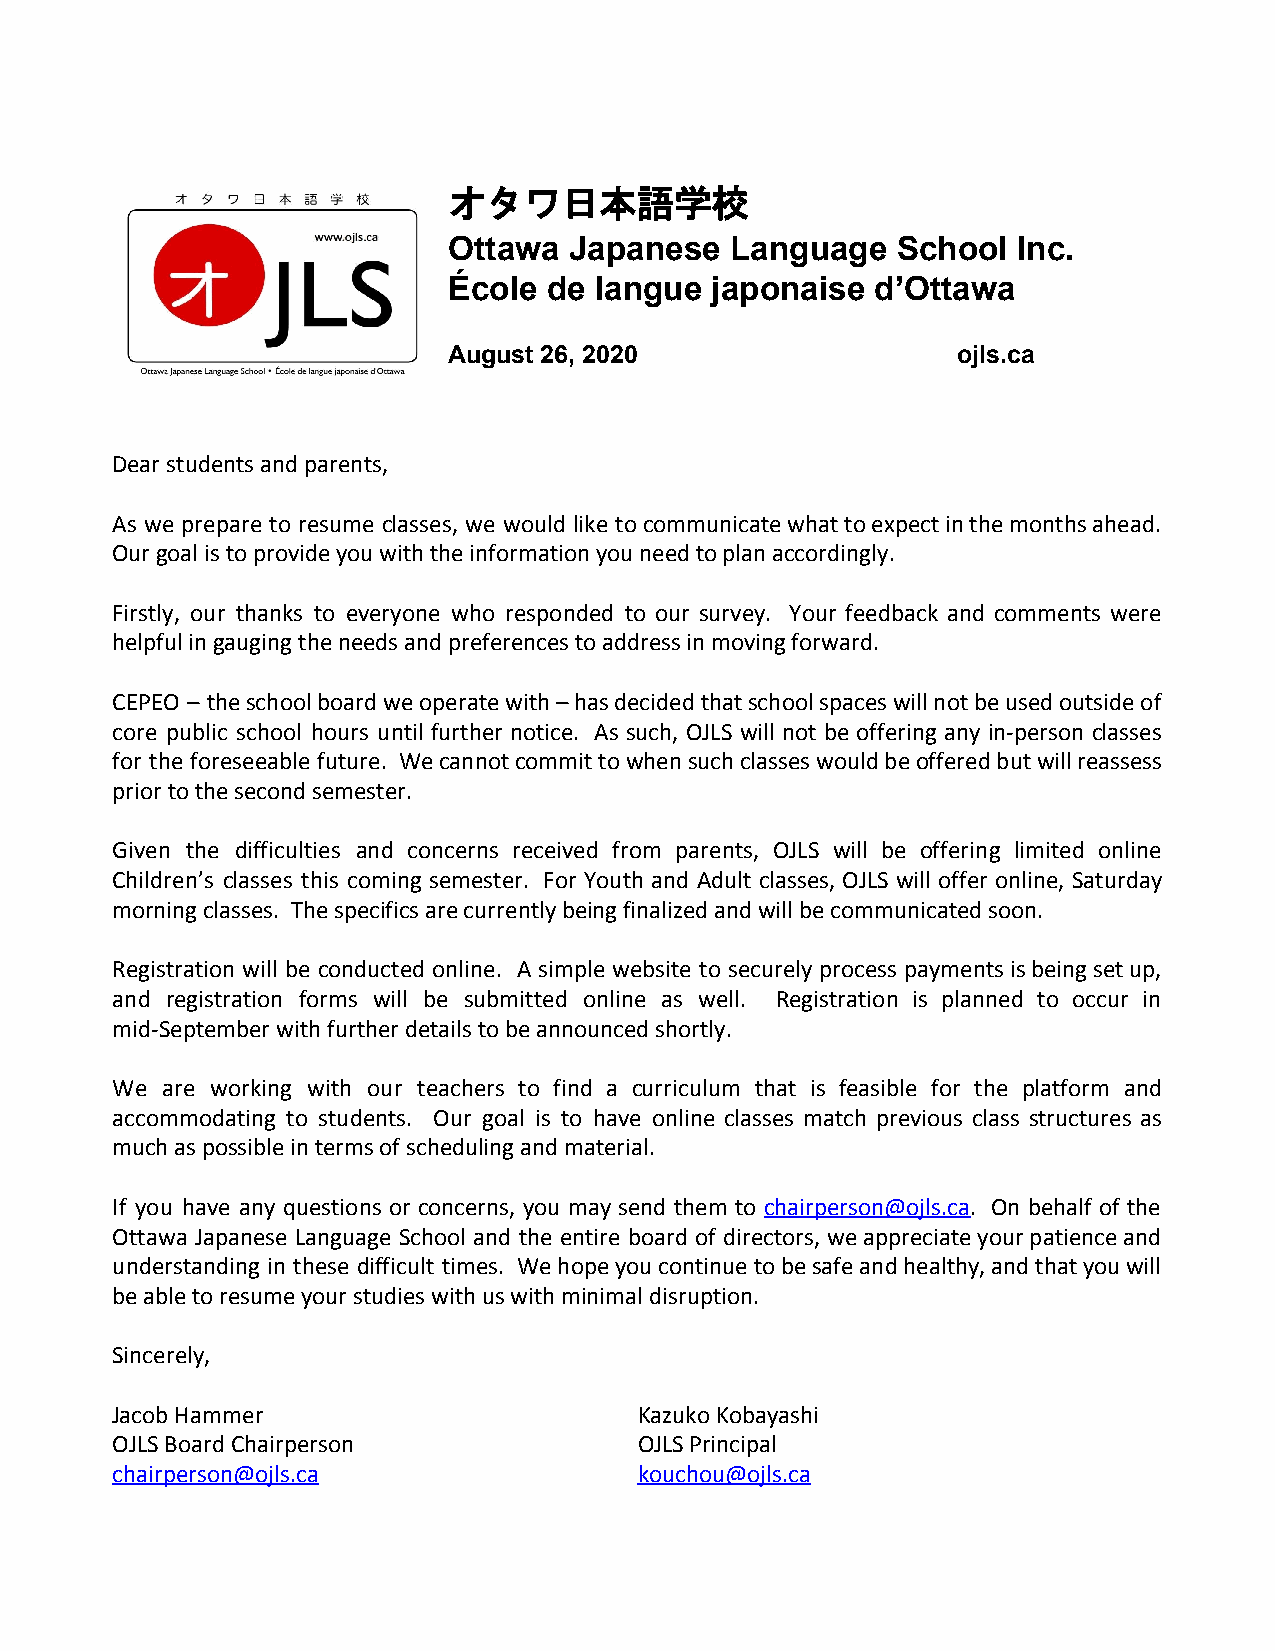
オタワ日本語学校
 Ottawa  Japanese  Language   School  Inc.
 École de langue  japonaise  d’Ottawa
 August 26, 2020                  ojls.ca
 Dear students and parents,
 As we prepare to resume classes, we would like to communicate what to expect in the months ahead.
 Our goal is to provide you with the information you need to plan accordingly.
 Firstly, our thanks to everyone who responded to our survey. Your feedback and comments were
 helpful in gauging the needs and preferences to address in moving forward.
 CEPEO – the school board we operate with – has decided that school spaces will not be used outside of
 core public school hours until further notice. As such, OJLS will not be offering any in-person classes
 for the foreseeable future. We cannot commit to when such classes would be offered but will reassess
 prior to the second semester.
 Given the difficulties and concerns received from parents, OJLS will be offering limited online
 Children’s classes this coming semester. For Youth and Adult classes, OJLS will offer online, Saturday
 morning classes. The specifics are currently being finalized and will be communicated soon.
 Registration will be conducted online. A simple website to securely process payments is being set up,
 and registration forms will be submitted online as well. Registration is planned to occur in
 mid-September with further details to be announced shortly.
 We  are working with our teachers to find a curriculum that is feasible for the platform and
 accommodating to students. Our goal is to have online classes match previous class structures as
 much as possible in terms of scheduling and material.
 If you have any questions or concerns, you may send them to chairperson@ojls.ca. On behalf of the
 ​            ​
 Ottawa Japanese Language School and the entire board of directors, we appreciate your patience and
 understanding in these difficult times. We hope you continue to be safe and healthy, and that you will
 be able to resume your studies with us with minimal disruption.
 Sincerely,
 Jacob Hammer                       Kazuko Kobayashi
 OJLS Board Chairperson             OJLS Principal
 chairperson@ojls.ca                kouchou@ojls.ca